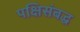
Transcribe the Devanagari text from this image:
पक्षिसंबद्ध